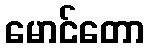
မောင်တော